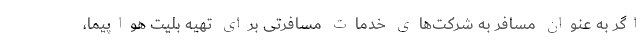
اگر به عنوان مسافر به شرکت‌های خدمات مسافرتی برای تهیه بلیت هواپیما،